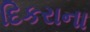
દિકરાના